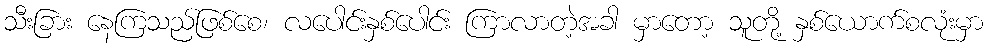
သီးခြား နေကြသည်ဖြစ်စေ၊ လပေါင်းနှစ်ပေါင်း ကြာလာတဲ့အခါ မှာတော့ သူတို့ နှစ်ယောက်စလုံးမှာ